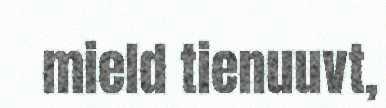
mield tienuuvt,